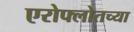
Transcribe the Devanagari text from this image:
एरोफ्लोतच्या